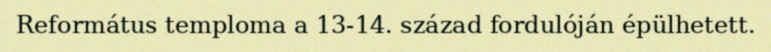
Református temploma a 13-14. század fordulóján épülhetett.